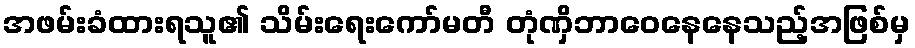
အဖမ်းခံထားရသူ၏ သိမ်းရေးကော်မတီ တုံဏှိဘာဝေနေနေသည့်အဖြစ်မှ